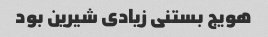
هویج بستنی زیادی شیرین بود